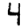
Digit: 4